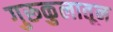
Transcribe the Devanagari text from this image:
गुरूकुलातून